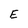
Character: E